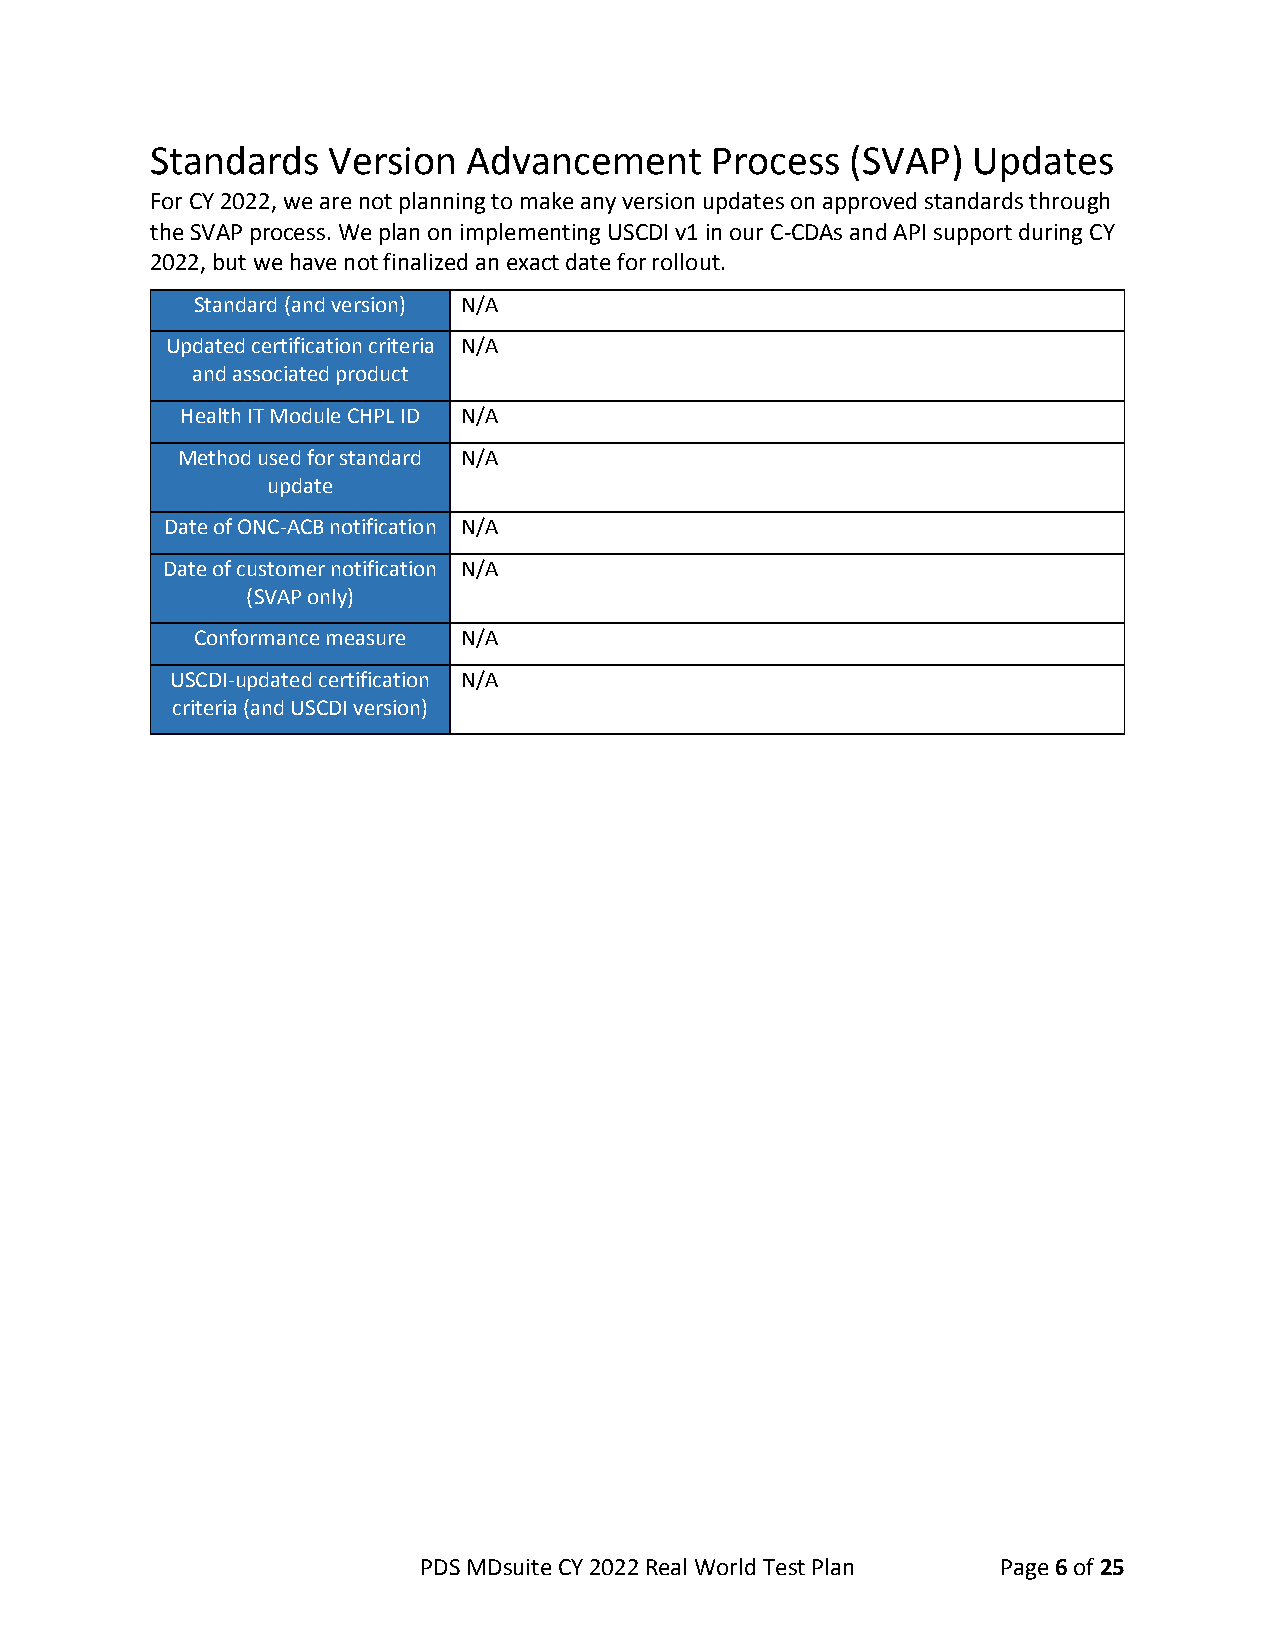
Standards   Version  Advancement     Process  (SVAP)  Updates
 For CY 2022, we are not planning to make any version updates on approved standards through
 the SVAP process. We plan on implementing USCDI v1 in our C-CDAs and API support during CY
 2022, but we have not finalized an exact date for rollout.
 Standard (and version) N/A
 Updated certification criteria N/A
 and associated product
 Health IT Module CHPL ID N/A
 Method used for standard N/A
 update
 Date of ONC-ACB notification N/A
 Date of customer notification N/A
 (SVAP only)
 Conformance measure N/A
 USCDI-updated certification N/A
 criteria (and USCDI version)
 PDS MDsuite CY 2022 Real World Test Plan Page 6 of 25